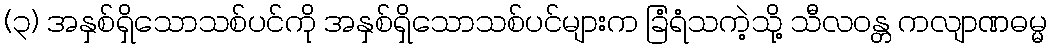
(၃) အနှစ်ရှိသောသစ်ပင်ကို အနှစ်ရှိသောသစ်ပင်များက ခြံရံသကဲ့သို့ သီလဝန္တ ကလျာဏဓမ္မ